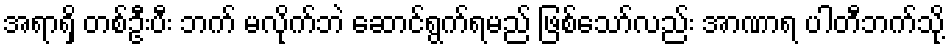
အရာရှိ တစ်ဦးပီး ဘက် မလိုက်ဘဲ ဆောင်ရွက်ရမည် ဖြစ်သော်လည်း အာဏာရ ပါတီဘက်သို့